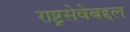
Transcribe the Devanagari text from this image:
राष्ट्रसेवेबद्दल